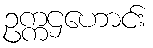
ဥက္ကဌဟောင်း